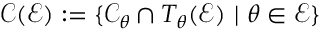
{ \mathcal { C } } ( { \mathcal { E } } ) : = \{ { \mathcal { C } } _ { \theta } \cap T _ { \theta } ( { \mathcal { E } } ) ~ | ~ \theta \in { \mathcal { E } } \}